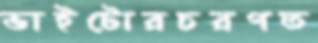
ভাইটোরচরণত